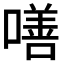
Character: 𠾺